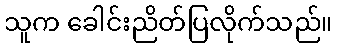
သူက ခေါင်းညိတ်ပြလိုက်သည်။